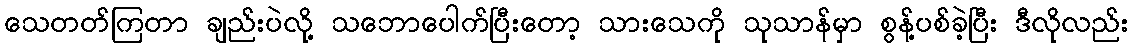
သေတတ်ကြတာ ချည်းပဲလို့ သဘောပေါက်ပြီးတော့ သားသေကို သုသာန်မှာ စွန့်ပစ်ခဲ့ပြီး ဒီလိုလည်း